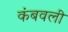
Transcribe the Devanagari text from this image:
कंबवली